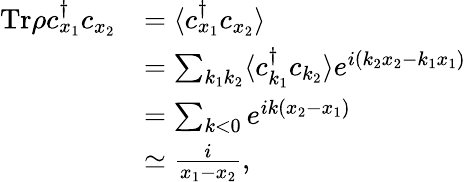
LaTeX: \begin{array}{rl}{\mathrm{Tr}\rho c_{x_{1}}^{\dagger}c_{x_{2}}}&{=\langle c_{x_{1}}^{\dagger}c_{x_{2}}\rangle}\\ &{=\sum_{k_{1}k_{2}}\langle c_{k_{1}}^{\dagger}c_{k_{2}}\rangle e^{i(k_{2}x_{2}-k_{1}x_{1})}}\\ &{=\sum_{k<0}e^{ik(x_{2}-x_{1})}}\\ &{\simeq\frac{i}{x_{1}-x_{2}},}\end{array}